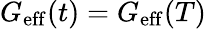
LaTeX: G_{\mathrm{eff}}(t)=G_{\mathrm{eff}}(T)